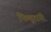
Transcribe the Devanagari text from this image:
फितुरांनी